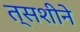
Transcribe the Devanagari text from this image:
त्सशीने